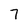
Character: 7